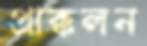
প্রাক্কলন